Vaccination North-Western Provinces 1866-1877 - 1866-1877
Year: 1866
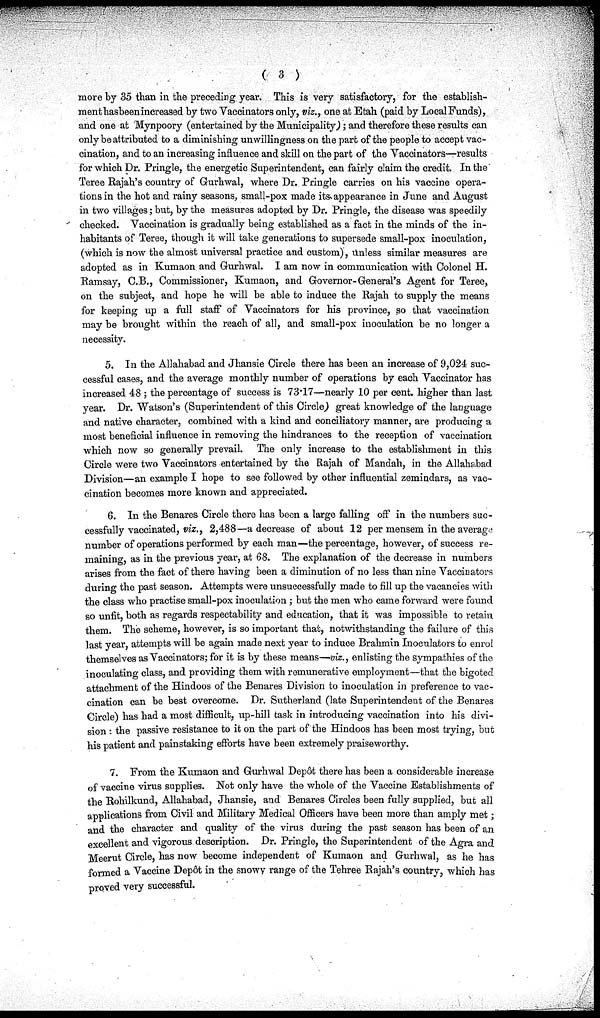
( 3 )
more by 35 than in the preceding year. This is very satisfactory, for the establish-
ment has been increased by two Vaccinators only, viz., one at Etah (paid by Local Funds),
and one at Mynpoory (entertained by the Municipality); and therefore these results can
only be attributed to a diminishing unwillingness on the part of the people to accept vac-
cination, and to an increasing influence and skill on the part of the Vaccinators—results
for which Dr. Pringle, the energetic Superintendent, can fairly claim the credit. In the
Teree Rajah's country of Gurhwal, where Dr. Pringle carries on his vaccine opera-
tions in the hot and rainy seasons, small-pox made its appearance in June and August
in two villages; but, by the measures adopted by Dr. Pringle, the disease was speedily
checked. Vaccination is gradually being established as a fact in the minds of the in-
habitants of Teree, though it will take generations to supersede small-pox inoculation,
(which is now the almost universal practice and custom), unless similar measures are
adopted as in Kumaon and Gurhwal. I am now in communication with Colonel H.
Ramsay, C.B., Commissioner, Kumaon, and Governor-General's Agent for Teree,
on the subject, and hope he will be able to induce the Rajah to supply the means
for keeping up a full staff of Vaccinators for his province, so that vaccination
may be brought within the reach of all, and small-pox inoculation be no longer a
necessity.
5. In the Allahabad and Jhansie Circle there has been an increase of 9,024 suc-
cessful cases, and the average monthly number of operations by each Vaccinator has
increased 48 ; the percentage of success is 73.17—nearly 10 per cent. higher than last
year. Dr. Watson's (Superintendent of this Circle) great knowledge of the language
and native character, combined with a kind and conciliatory manner, are producing a
most beneficial influence in removing the hindrances to the reception of vaccination
which now so generally prevail. The only increase to the establishment in this
Circle were two Vaccinators entertained by the Rajah of Mandah, in the Allahabad
Division—an example I hope to see followed by other influential zemindars, as vac-
cination becomes more known and appreciated.
6. In the Benares Circle there has been a large falling off in the numbers suc-
cessfully vaccinated, viz., 2,488—a decrease of about 12 per mensem in the average
number of operations performed by each man—the percentage, however, of success re-
maining, as in the previous year, at 68. The explanation of the decrease in numbers
arises from the fact of there having been a diminution of no less than nine Vaccinators
during the past season. Attempts were unsuccessfully made to fill up the vacancies with
the class who practise small-pox inoculation ; but the men who came forward were found
so unfit, both as regards respectability and education, that it was impossible to retain
them. The scheme, however, is so important that, notwithstanding the failure of this
last year, attempts will be again made next year to induce Brahmin Inoculators to enrol
themselves as Vaccinators; for it is by these means—vis., enlisting the sympathies of the
inoculating class, and providing them with remunerative employment—that the bigoted
attachment of the Hindoos of the Benares Division to inoculation in preference to vac-
cination can be best overcome. Dr. Sutherland (late Superintendent of the Benares
Circle) has had a most difficult, up-hill task in introducing vaccination into his divi-
sion : the passive resistance to it on the part of the Hindoos has been most trying, but
his patient and painstaking efforts have been extremely praiseworthy.
7. From the Kumaon and Gurhwal Depot there has been a considerable increase
of vaccine virus supplies. Not only have the whole of the Vaccine Establishments of
the Rohilkund, Allahabad, Jhansie, and Benares Circles been fully supplied, but all
applications from Civil and Military Medical Officers have been more than amply met;
and the character and quality of the virus during the past season has been of an
excellent and vigorous description. Dr. Pringle, the Superintendent of the Agra and
Meerut Circle, has now become independent of Kumaon and Gurhwal, as he has
formed a Vaccine Depôt in the snowy range of the Tehree Rajah's country, which has
proved very successful.